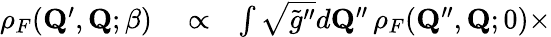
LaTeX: \begin{array}{rlr}{\rho_{F}(\mathbf{Q}^{\prime},\mathbf{Q};\beta)}&{{}\propto}&{\int\sqrt{\tilde{g}^{\prime\prime}}d\mathbf{Q}^{\prime\prime}\, \rho_{F}(\mathbf{Q}^{\prime\prime},\mathbf{Q};0)\times}\end{array}